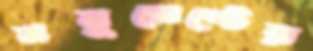
মনুমেন্টের